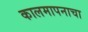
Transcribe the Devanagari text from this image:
कालमापनाचा